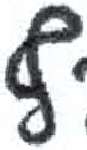
אות: פ